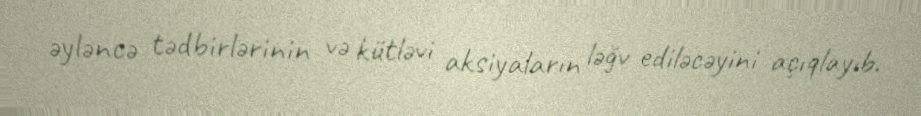
əyləncə tədbirlərinin və kütləvi aksiyaların ləğv ediləcəyini açıqlayıb.